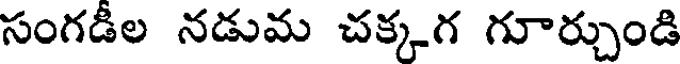
సంగడీల నడుమ చక్కగ గూర్చుండి